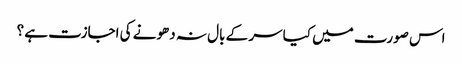
اس صورت میں کیا سر کے بال نہ دھونے کی اجازت ہے ؟